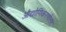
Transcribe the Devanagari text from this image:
औद्योगिकरणोत्तर